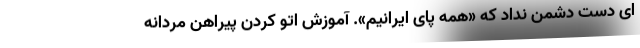
ای دست دشمن نداد که «همه پای ایرانیم». آموزش اتو کردن پیراهن مردانه